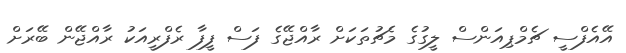
އޭއެފްސީ ޗެމްޕިއަންސް ލީގުގެ މެޗުތަކަށް ރާއްޖޭގެ ފަސް ފީފާ ރެފްރީއަކު ރާއްޖޭން ބޭރަށް